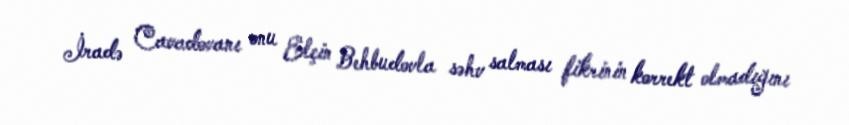
İradə Cavadovanı onu Elçin Behbudovla səhv salması fikrinin korrekt olmadığını